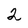
Character: 2